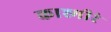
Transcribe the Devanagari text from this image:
काश्मीरं